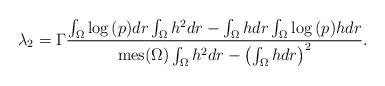
LaTeX: \begin{align*} \lambda_2=\Gamma\frac{\int_{\Omega}{\log{(p)}dr}\int_{\Omega}{h^2dr}-\int_{\Omega}{hdr}\int_{\Omega}{\log{(p)}hdr}} {\mathrm{mes}(\Omega)\int_{\Omega}{h^2dr}-\left(\int_{\Omega}{hdr}\right)^2}.\end{align*}